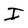
Character: I